Document type: Emphyteutic lease
Year: 1274
Scribe: Pere Marquès
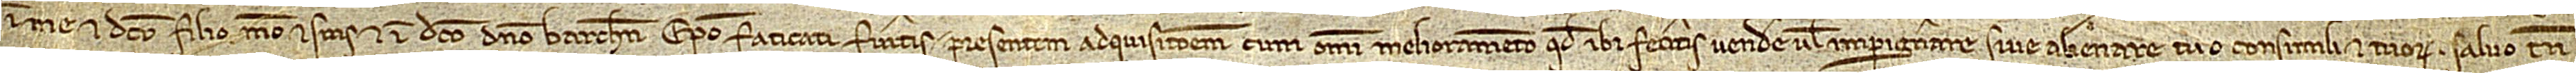
in me et dicto filio meo et suis et in dicto domino Barchinonensis episcopo faticati fueritis, presentem adquisitionem cum omni melioramento quod ibi feceritis vendere vel impignorare sive alienare tuo consimili et tuorum, salvo tamen